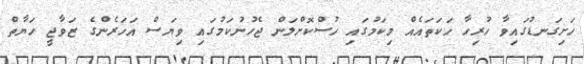
ހަށިގަނޑުގައިވާ ހުރިހާ ހަކަތައެއް މިކަމުގައި ހުސްކޮށްލަން ޖެހުނުކަމުގައި ވިޔަސް އަހަރެންގެ ޒަވާޖީ ހަޔާތް